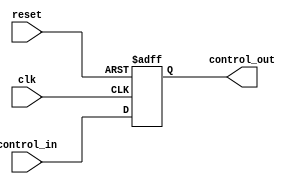
module ControlRegister #(
    parameter n = 8 // Number of bits in the control register
)(
    input wire clk,                      // Clock signal
    input wire reset,                    // Asynchronous reset signal
    input wire [n-1:0] control_in,      // Control input signals
    output reg [n-1:0] control_out      // Control output signals
);

// Asynchronous reset behavior
always @(posedge clk or posedge reset) begin
    if (reset) begin
        control_out <= {n{1'b0}}; // Clear the register to 0
    end else begin
        control_out <= control_in; // Update the control register with control inputs
    end
end

endmodule